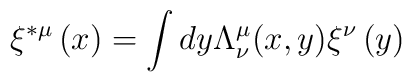
\xi ^{*\mu }\left( x\right) =\int dy\Lambda _{\nu }^{\mu }(x,y)\xi ^{\nu}\left( y\right)